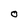
Character: O